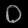
Digit: ၀